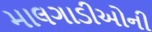
માલગાડીઓની